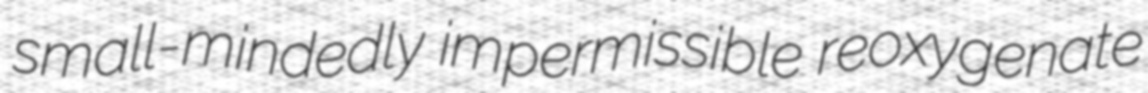
small-mindedly impermissible reoxygenate